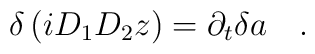
\delta \left( i D_1 D_2 z \right) = \partial_t {\delta a} \quad .